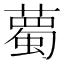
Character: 薥